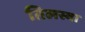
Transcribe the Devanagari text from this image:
तिलस्वा